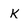
Character: k